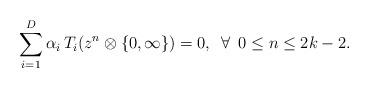
LaTeX: \begin{align*} \sum_{i=1}^D \alpha _i\, T_i( z^n\otimes\lbrace 0, \infty\rbrace)=0, \,\ \forall \,\ 0\leq n\leq 2k-2. \end{align*}